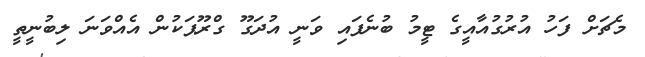
މެޗަށް ފަހު އުރުގުއާއީގެ ޓީމު ބުނެފައި ވަނީ އުދަގޫ ގްރޫޕަކުން އެއްވަނަ ލިބުނީތީ